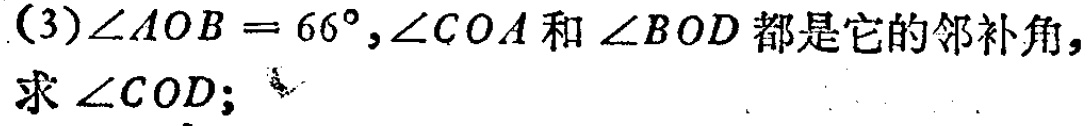
(3)$\angle AOB = 66^{\circ},\angle COA$和$\angle BOD$都是它的邻补角，求$\angle COD;$